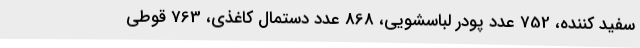
سفید کننده، 752 عدد پودر لباسشویی، 868 عدد دستمال کاغذی، 763 قوطی